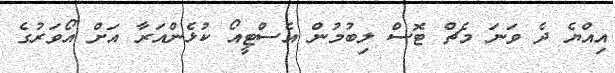
އިއްޔެ ދެ ވަނަ މެޗް ޓޮސް ލިބުމުން އެސްޓީއޯ ކުޅެންއަރާ އަށް އޯވަރުގެ